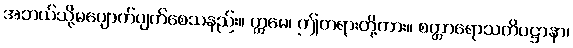
အဘယ်သို့မပျောက်ပျက်စေသနည်း။ ဣမေ၊ ဤတရားတို့ကား။ စတ္တာရောသတိပဋ္ဌာနာ၊